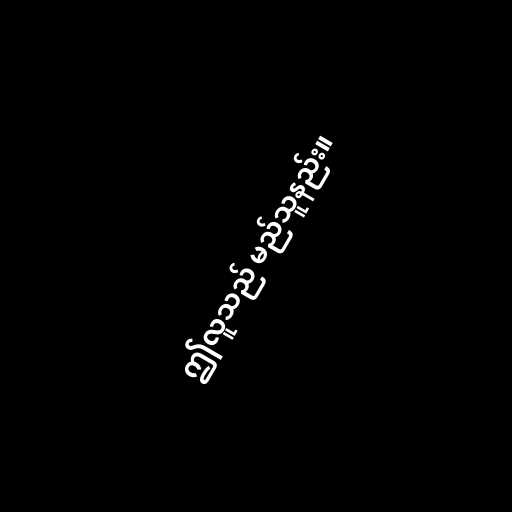
ဤလူသည် မည်သူနည်း။